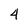
Character: 4